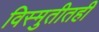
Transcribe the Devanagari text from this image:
विस्मुतीतही